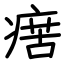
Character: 瘔